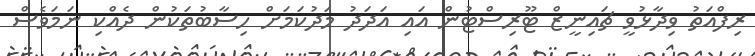
ރިފްއަތު ވިދާޅުވީ ޗައިނީޒް ޓޫރިސްޓުން އައި އަދަދު މަދުކަމަށް ހިސާބުތަކުން ދެއްކި ނަމަވެސް